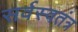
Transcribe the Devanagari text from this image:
सर्वस्वतंत्र